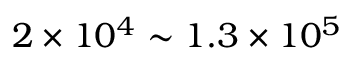
2 \times 1 0 ^ { 4 } \sim 1 . 3 \times 1 0 ^ { 5 }